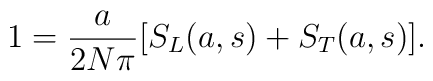
1= \frac{a}{ 2N \pi} [S_L(a,s)+S_T(a,s)].